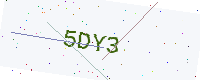
Text: 5DY3